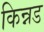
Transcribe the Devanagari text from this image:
किन्नड